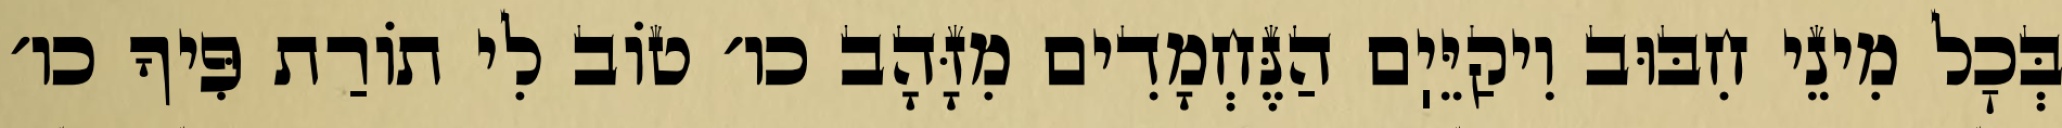
בְּכׇל מִינֵי חִבּוּב וִיקַיֵּיֽם הַנֶּחְמָדִים מִזָּהָב כו׳ טוֹב לִי תוֹרַת פִּיךָ כו׳